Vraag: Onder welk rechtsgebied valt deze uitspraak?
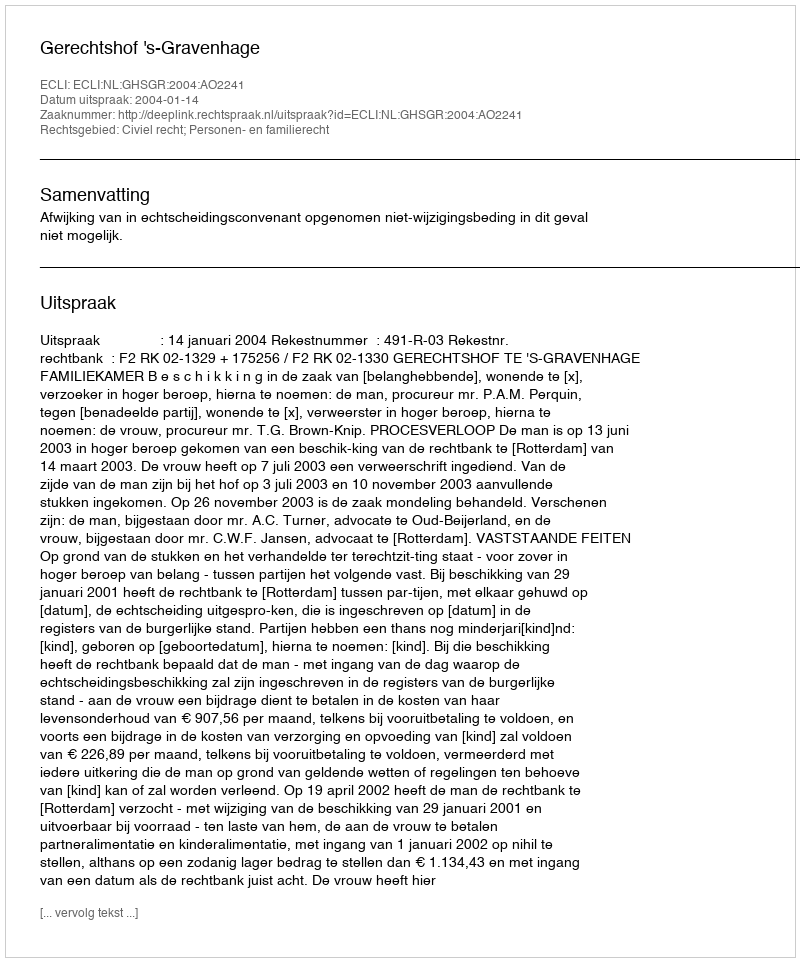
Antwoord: Civiel recht; Personen- en familierecht